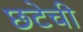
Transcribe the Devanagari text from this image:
छटेची